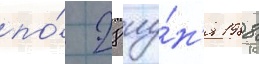
по́ 28 иу́н'я 1988